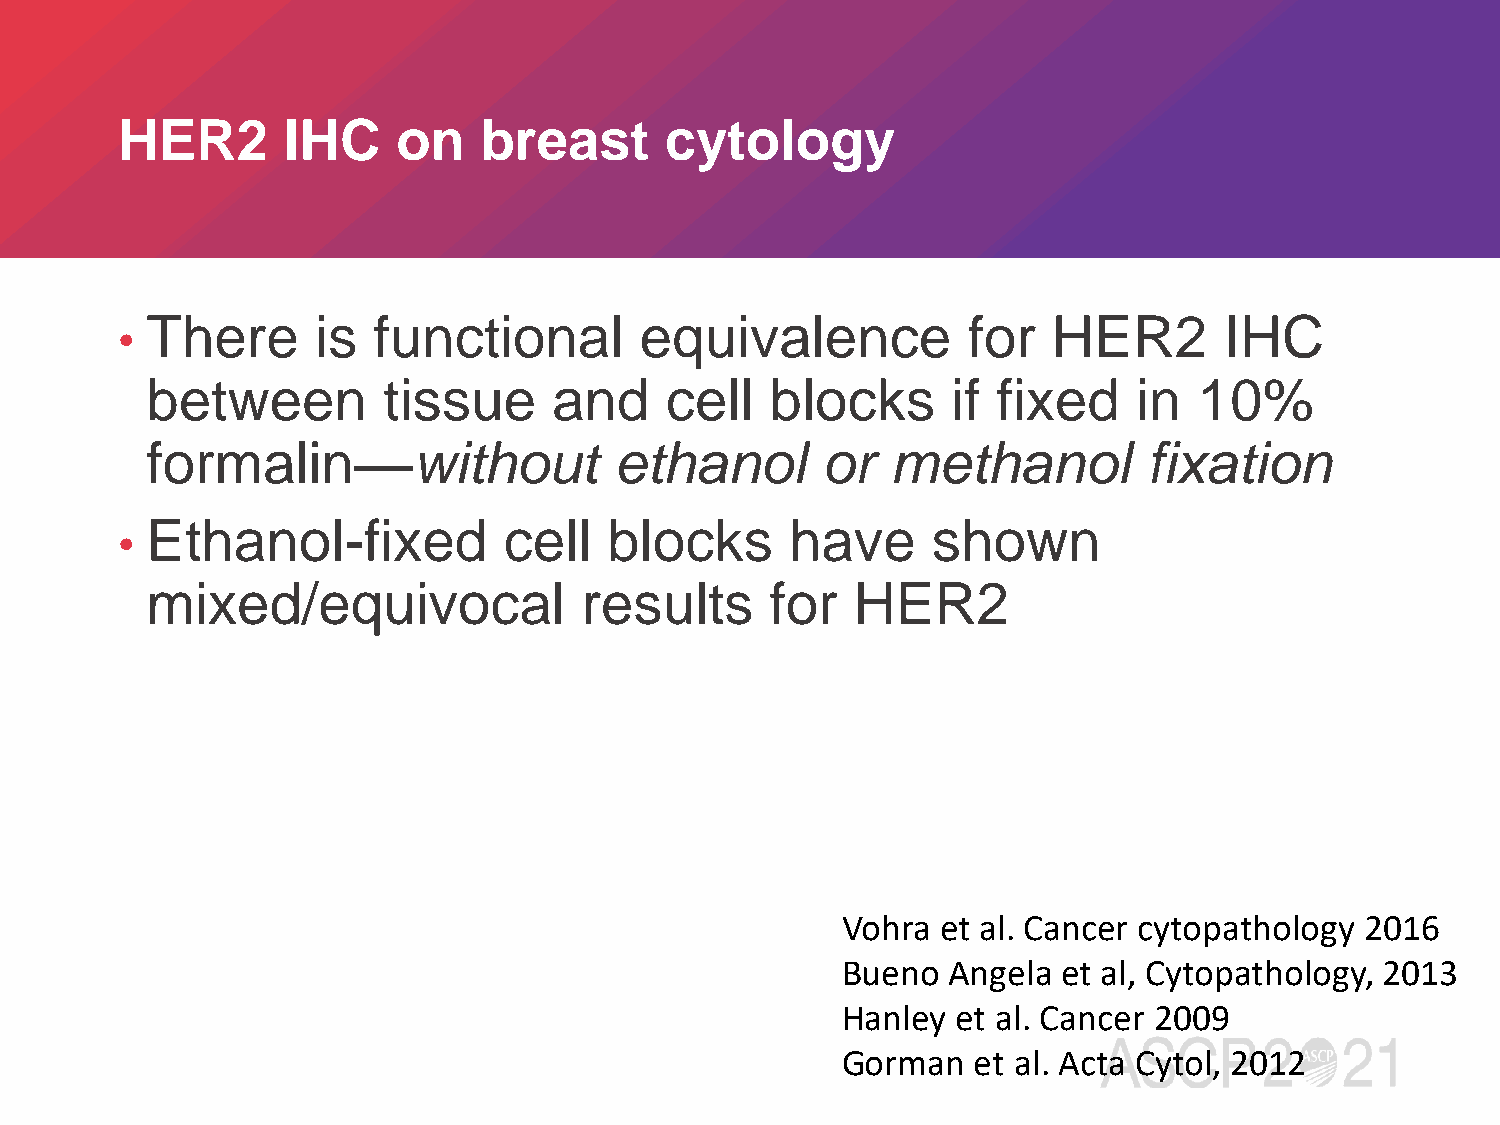
HER2       IHC    on    breast      cytology
 There      is  functional       equivalence           for   HER2       IHC
 •
 between        tissue      and    cell   blocks      if fixed    in  10%
 formalin—without               ethanol      or   methanol         fixation
 Ethanol-fixed          cell   blocks      have      shown
 •
 mixed/equivocal             results      for   HER2
 Vohra et al. Cancer cytopathology 2016
 Bueno  Angela et al, Cytopathology, 2013
 Hanley et al. Cancer 2009
 Gorman   et al. Acta Cytol, 2012